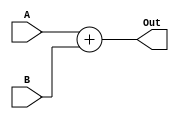
`timescale 1ns / 1ps






module adder(A,B,Out);
input [11:0] A,B;
output reg [11:0] Out;

//initial begin
//    Out <= 255;
//end
always@(*) begin
Out <= A+B;
end
endmodule